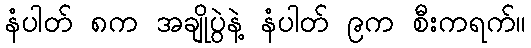
နံပါတ် ၈က အချိုပွဲနဲ့ နံပါတ် ၉က စီးကရက်။